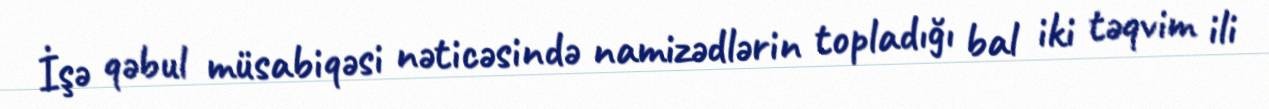
İşə qəbul müsabiqəsi nəticəsində namizədlərin topladığı bal iki təqvim ili